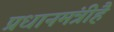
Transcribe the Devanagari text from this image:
प्रधानमंत्रीहै